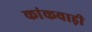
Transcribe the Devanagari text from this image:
कांकवाड़ी